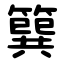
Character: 簨